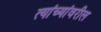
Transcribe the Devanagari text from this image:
त्यांच्यांवरील